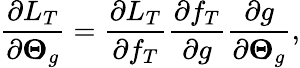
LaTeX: \frac{\partial L_{T}}{\partial\boldsymbol{\Theta}_{g}}=\frac{\partial L_{T}}{\partial f_{T}}\frac{\partial f_{T}}{\partial g}\frac{\partial g}{\partial\boldsymbol{\Theta}_{g}},